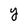
Character: Y